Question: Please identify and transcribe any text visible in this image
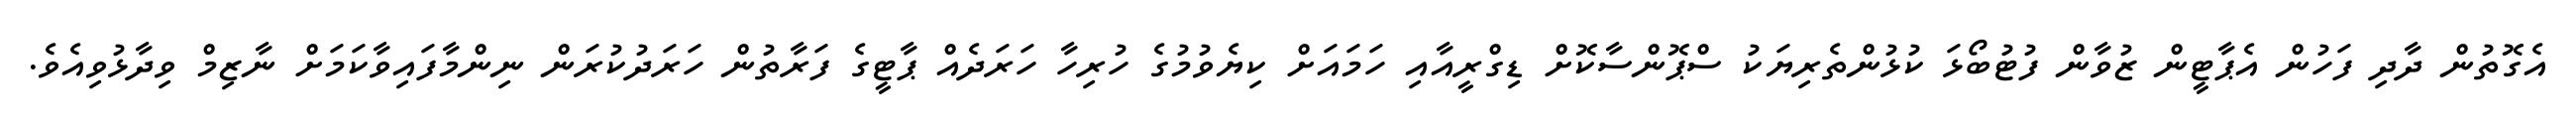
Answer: އެގޮތުން ދާދި ފަހުން އެޕާޓީން ޒުވާން ފުޓުބޯޅަ ކުޅުންތެރިޔަކު ސްޕޮންސާކޮށް ޑިގްރީއާއި ހަމައަށް ކިޔެވުމުގެ ހުރިހާ ހަރަދެއް ޕާޓީގެ ފަރާތުން ހަރަދުކުރަން ނިންމާފައިވާކަމަށް ނާޒިމް ވިދާޅުވިއެވެ.